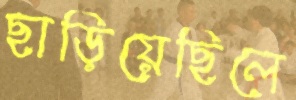
ছাড়িয়েছিলে